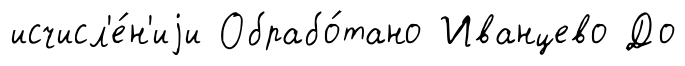
исчисл'е́н'иjи Обрабо́тано Иванцево До